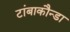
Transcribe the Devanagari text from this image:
टांबाकौन्डा